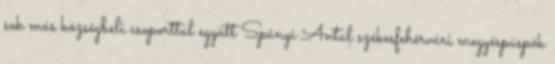
sok más községbeli csoporttal együtt Spányi Antal székesfehérvári megyéspüspök